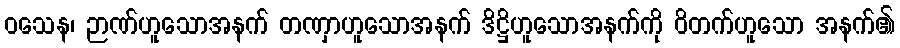
ဝသေန၊ ဉာဏ်ဟူသောအနက် တဏှာဟူသောအနက် ဒိဋ္ဌိဟူသောအနက်ကို ဝိတက်ဟူသော အနက်၏